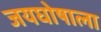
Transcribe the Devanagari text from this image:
जयघोषाला